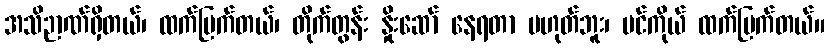
အသိဉာဏ်ရှိတယ်၊ ထက်မြက်တယ်၊ တိုက်တွန်း နှိုးဆော် နေရတာ မဟုတ်ဘူး၊ ပင်ကိုယ် ထက်မြက်တယ်။